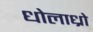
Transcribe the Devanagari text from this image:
धोलाध्रो